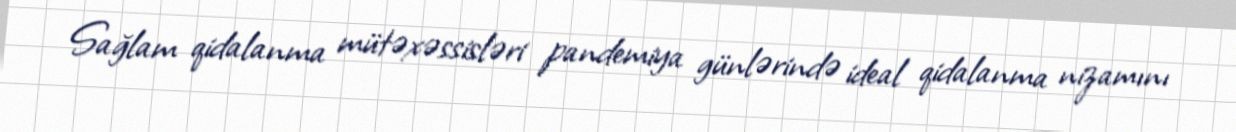
Sağlam qidalanma mütəxəssisləri pandemiya günlərində ideal qidalanma nizamını